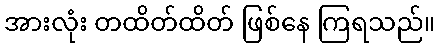
အားလုံး တထိတ်ထိတ် ဖြစ်နေ ကြရသည်။